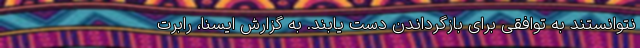
نتوانستند به توافقی برای بازگرداندن دست یابند. به گزارش ایسنا،‌ رابرت